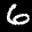
Label: 6